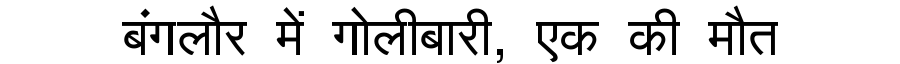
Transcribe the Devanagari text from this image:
बंगलौर में गोलीबारी, एक की मौत